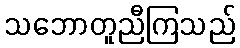
သဘောတူညီကြသည်